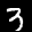
Label: 3